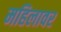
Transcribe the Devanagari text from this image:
महिलावर